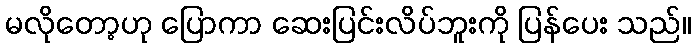
မလိုတော့ဟု ပြောကာ ဆေးပြင်းလိပ်ဘူးကို ပြန်ပေး သည်။